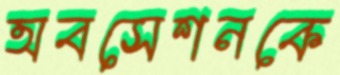
অবসেশনকে